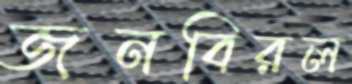
জনবিরল